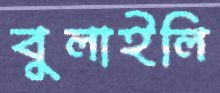
বুলাইলি